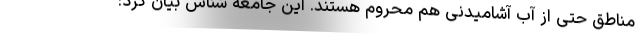
مناطق حتی از آب آشامیدنی هم محروم هستند. این جامعه شناس بیان کرد: